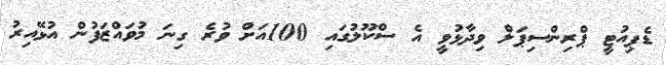
ޑެޕިއުޓީ ޕްރިންސިޕަލް ވިދާޅުވީ އެ ސްކޫލުގައި 100އަށް ވުރެ ގިނަ މުވައްޒަފުން އުޅޭއިރު